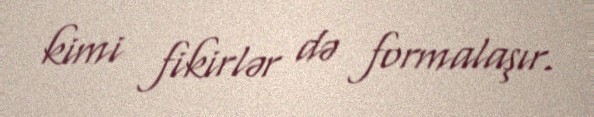
kimi fikirlər də formalaşır.